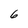
Character: 6